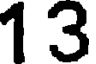
13